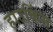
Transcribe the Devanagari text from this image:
हाउकिंस